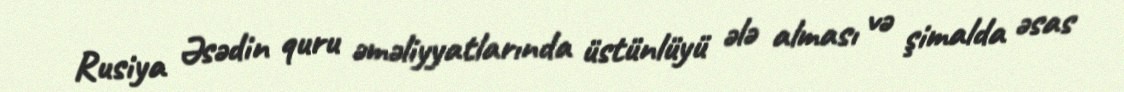
Rusiya Əsədin quru əməliyyatlarında üstünlüyü ələ alması və şimalda əsas